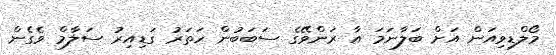
މޯލްޑިވިއަން އަށް ބަލާނަމަ އާ ރަންވޭގެ ސަބަބުން ހަތަރު ގަޑިއިރު ސަލާމް ވެގެން